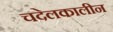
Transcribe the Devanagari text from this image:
चदेलकालीन